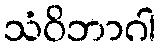
သံဝိဘာဂါ